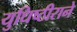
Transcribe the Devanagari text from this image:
युधिष्ठीराने